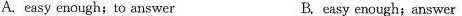
A. easy enough; to answer B. easy enough; answer